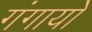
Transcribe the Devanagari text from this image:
गंगायो